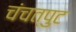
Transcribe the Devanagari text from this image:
चंचत्पुट